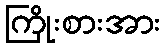
ကြိုးစားအား